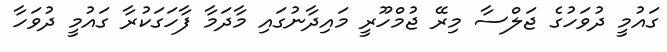
ގައުމީ ދުވަހުގެ ޖަލްސާ މިރޭ ޖުމްހޫރީ މައިދާނުގައި މާދަމާ ފާހަގަކުރާ ގައުމީ ދުވަހާ